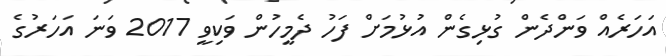
އަހަރެއް ވަންދެން ގުޅިގެން އުޅުމަށް ފަހު ދެމީހުން ވަކިވީ 2017 ވަނަ އަހަރުގެ